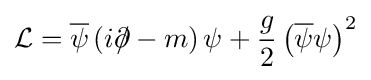
{\mathcal {L}}={\overline {\psi }}\left(i\partial \!\!\!/-m\right)\psi +{\frac {g}{2}}\left({\overline {\psi }}\psi \right)^{2}